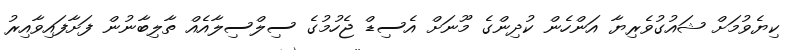
ކިޔެވުމަށް ޝައުގުވެރިޔާ އަންހެން ކުދިންގެ މޫނަށް އެސިޑް ޖެހުމުގެ ސިލްސިލާއެއް ތާލިބާނުން ފަށާފައިވާއިރު